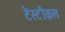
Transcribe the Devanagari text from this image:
टेस्टीकल